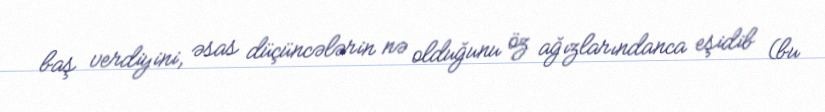
baş verdiyini, əsas düçüncələrin nə olduğunu öz ağızlarındanca eşidib (bu